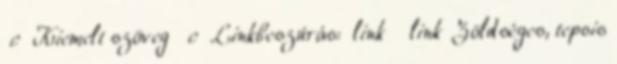
c Kiemelt szöveg c Linkbeszúrás: link link Zöldséges, tepsis